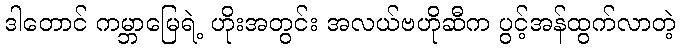
ဒါတောင် ကမ္ဘာမြေရဲ့ ဟိုးအတွင်း အလယ်ဗဟိုဆီက ပွင့်အန်ထွက်လာတဲ့